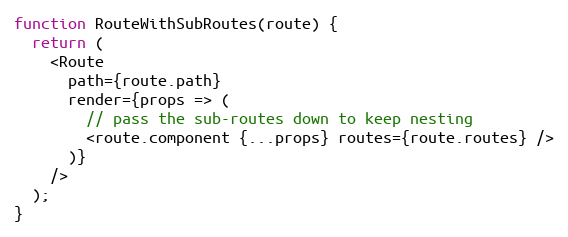
Language: JavaScript
function RouteWithSubRoutes(route) {
  return (
    <Route
      path={route.path}
      render={props => (
        // pass the sub-routes down to keep nesting
        <route.component {...props} routes={route.routes} />
      )}
    />
  );
}